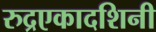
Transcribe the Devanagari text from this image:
रुद्रएकादशिनी